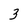
Character: 3